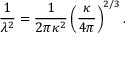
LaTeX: \frac { 1 } { \lambda ^ { 2 } } = \frac { 1 } { 2 \pi \kappa ^ { 2 } } \left( \frac { \kappa } { 4 \pi } \right) ^ { 2 / 3 } .